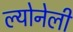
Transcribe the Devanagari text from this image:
ल्योनेली